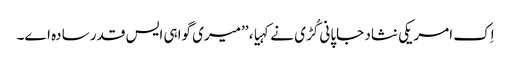
اِک امریکی نثاد جاپانی کُڑی نے کہیا، ’’میری گواہی ایس قدر سادہ اے۔